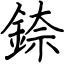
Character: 錼